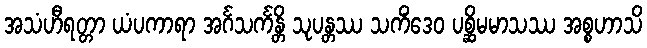
အသံဟီရတ္တာ ယံပကာရာ အင်္ဂသင်္ကန္တိ သုပန္တဿ သကိံဒေဝ ပစ္ဆိမမာသဿ အစ္စဟာသိ